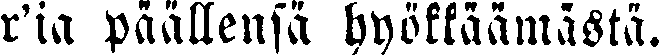
r'ia päällensä hyökkäämästä.